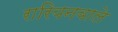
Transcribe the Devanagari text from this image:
रारियनवाले